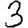
Digit: 3